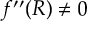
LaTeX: f ^ { \prime \prime } ( R ) \neq 0